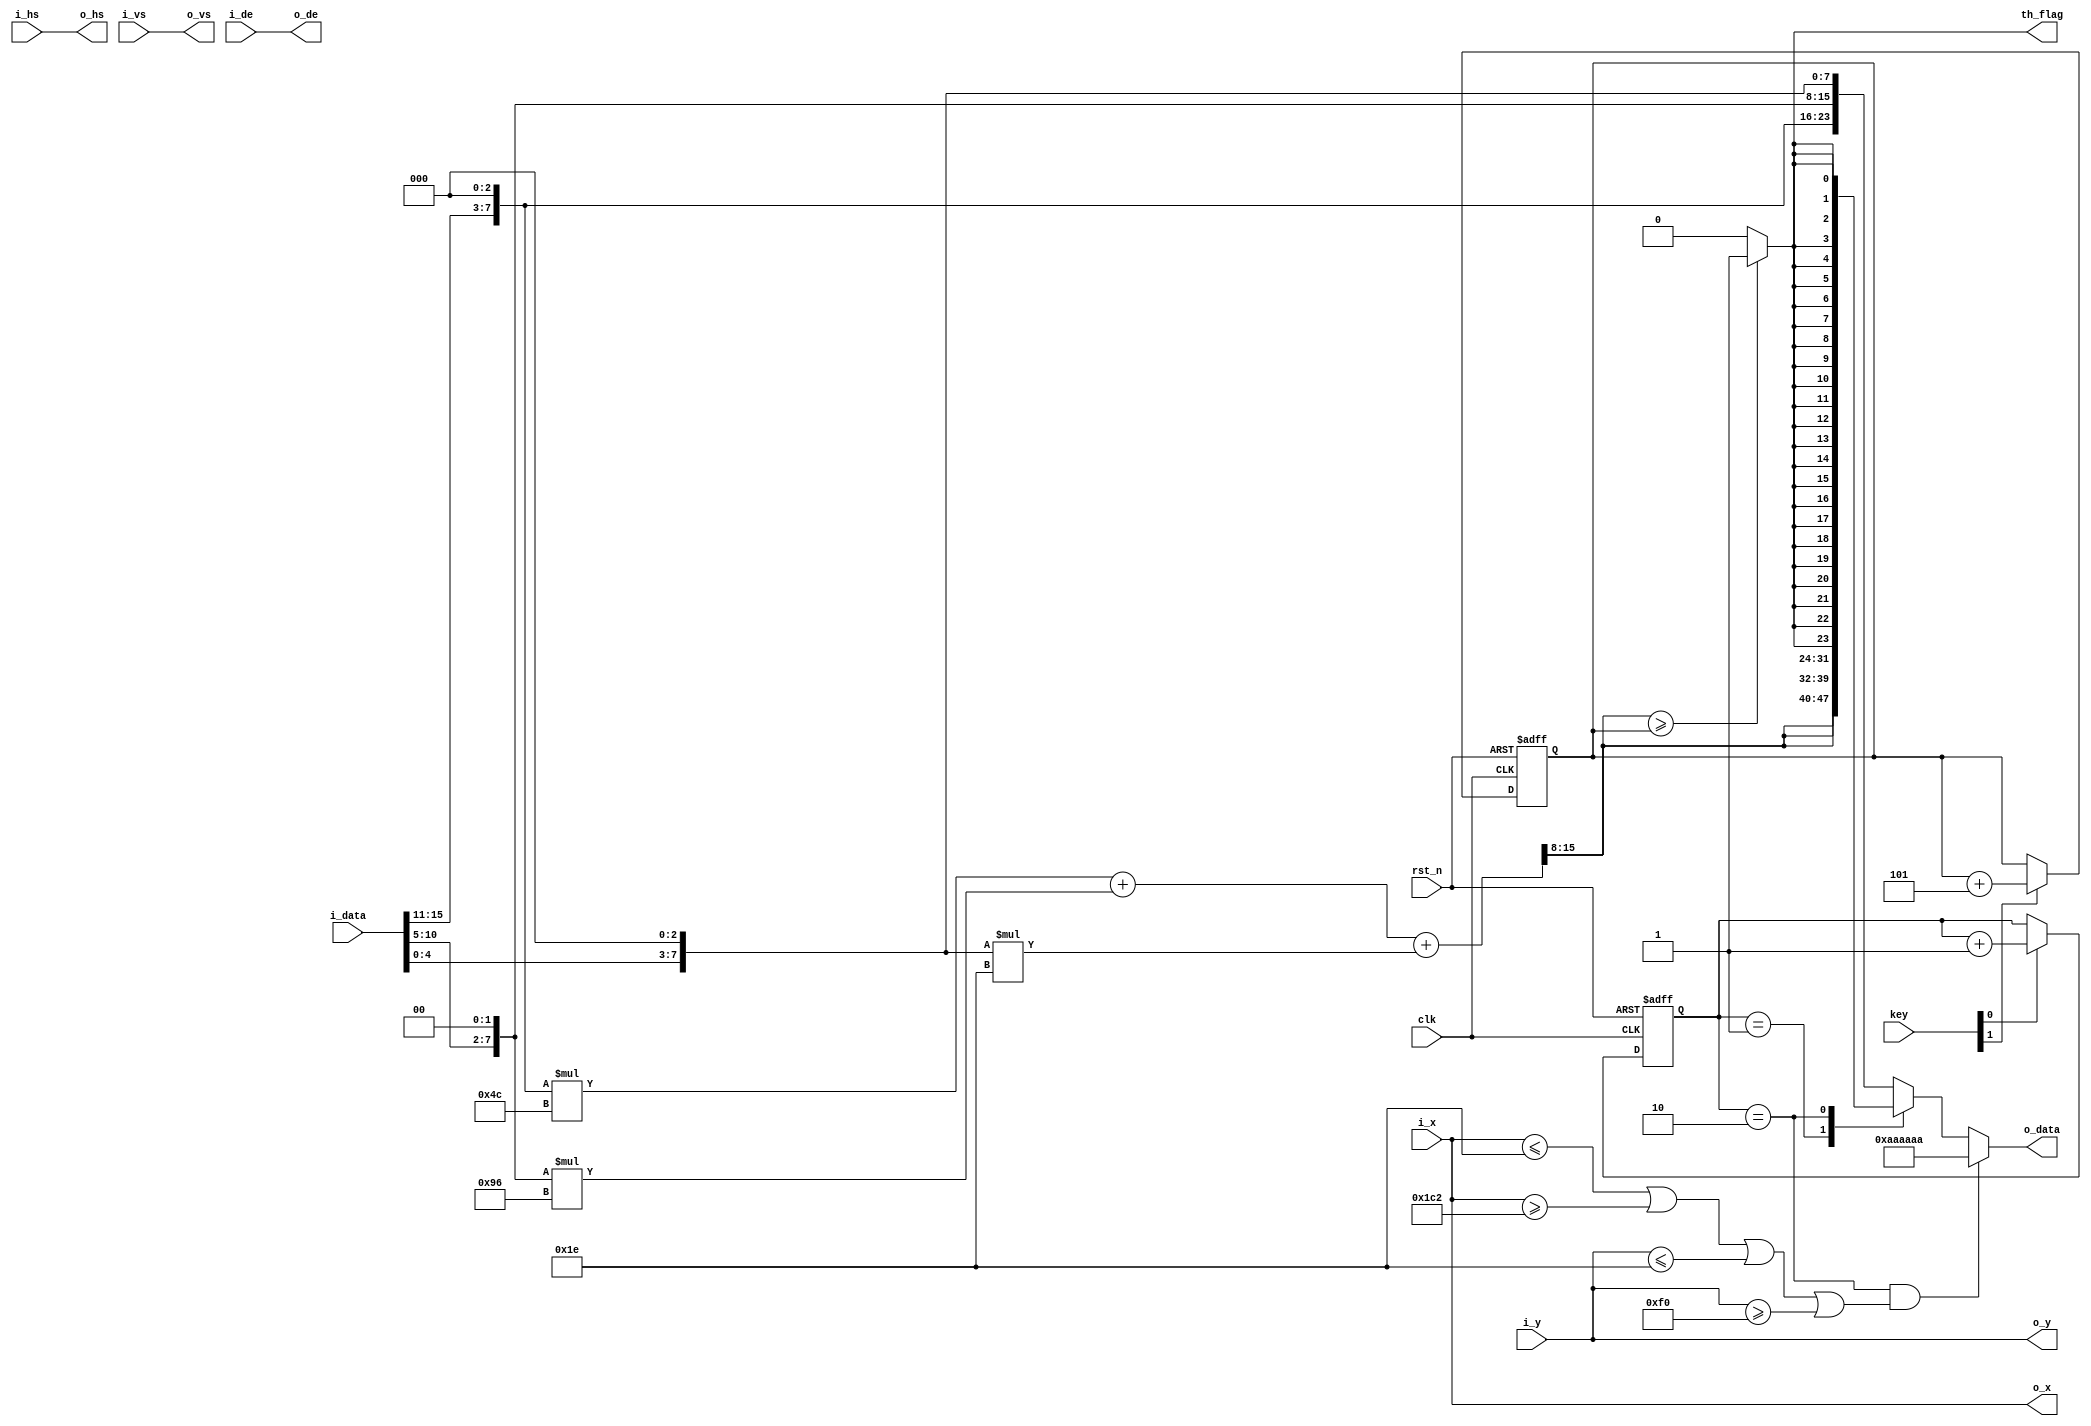
module  RGB_Gary_Binary
(
	input                   rst_n,   
	input                   clk,
	input                   i_hs,    
	input                   i_vs,    
	input                   i_de, 
	input		[2:0]		key, 
	input		[11:0]		i_x,        // video position X
	input		[11:0]		i_y,         // video position y	
	input		[15:0]		i_data,
	output					th_flag,   
	output		[23:0]		o_data,
	output		[11:0]		o_x,        // video position X
	output		[11:0]		o_y,         // video position y	
	
	output                  o_hs,    
	output                  o_vs,    
	output                  o_de

);
reg		[30:0]				time_cnt;
reg		[1:0]				frame_count;
reg		[7:0]				threshold	=	60;
reg		[23:0]				image_data;
reg 	[23:0]				vout_data;
wire	[16:0]				Gary_data;
wire						Binary_data;

wire	[11:0] 	x_cnt	=	i_x;
wire	[11:0]	y_cnt	=	i_y;

assign	o_data	=	vout_data;
assign	o_hs	=	i_hs;
assign	o_vs	=	i_vs;	
assign	o_de	=	i_de;
assign	o_x		=	i_x;
assign	o_y		=   i_y;


assign	th_flag		=	Binary_data;
assign	Gary_data	=	{ i_data[15:11],3'd0 }*76+ { i_data[10: 5],2'd0 }*150+{ i_data[ 4: 0],3'd0 }*30	;
	
assign	Binary_data	=	(Gary_data[15:8]>=threshold)?1'b1:1'b0;

always@(posedge clk or negedge rst_n)
begin
	if(rst_n == 1'b0)
		threshold	<=	8'd40;
	else if(  key[1] )
		threshold	<=	threshold	+	8'd5;
	else
		threshold	<=	threshold;
end


always@(posedge clk or negedge rst_n)
begin
	if(rst_n == 1'b0)
		frame_count	<=	2'b0;
	else if( key[0] )
		frame_count	<=	frame_count	+	1'b1;
	else
		frame_count	<=	frame_count;
end

always@(*)
begin  
	case( frame_count )
		0	:		image_data	=	{	i_data[15:11],3'd0 , i_data[10: 5],2'd0 , i_data[ 4: 0],3'd0 };
		1	:		image_data	=	{	Gary_data[15:8] , Gary_data[15:8] , Gary_data[15:8]};
		2	:		image_data	=	{	24{Binary_data}	};
		default	:	image_data	=	{	i_data[15:11],3'd0 , i_data[10: 5],2'd0 , i_data[ 4: 0],3'd0 };	
	endcase
end

always@(*)
begin
	if( (frame_count==2) && (x_cnt <= 30 || x_cnt >= 450 || y_cnt	<= 30 || y_cnt >= 240 ) )
		vout_data	=	24'haaaaaa;		
	else
		vout_data	=	image_data;
end

endmodule